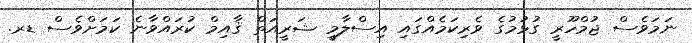
ނަމަވެސް ޖުމްހޫރީ ގުޅުމުގެ ވެރިކަމެއްގައި އިސްލާމީ ޝަރީއަތް ޤާއިމް ކުރައްވާނެ ކަމަށްވެސް ޑރ.